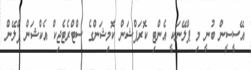
އޭސީސީން ބުނީ މި ޕްލޭނަކީ އެންޓި ކޮރަޕްޝަން ކޮމިޝަންގެ ސްޓްރެޓެޖިކް އެކްޝަން ޕްލޭން